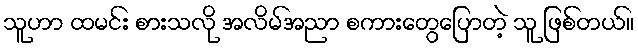
သူဟာ ထမင်း စားသလို အလိမ်အညာ စကားတွေပြောတဲ့ သူ ဖြစ်တယ်။